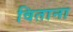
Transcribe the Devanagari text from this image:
विताना